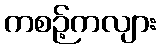
ကစဉ့်ကလျား